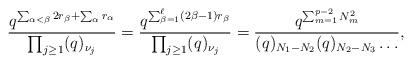
LaTeX: \begin{align*}\frac{q^{\sum_{\alpha<\beta}2r_{\beta}+\sum_{\alpha}r_{\alpha}}} {\prod_{j\geq1}(q)_{\nu_j}}= \frac{q^{\sum_{\beta=1}^{\ell}(2\beta-1)r_{\beta}}} {\prod_{j\geq1}(q)_{\nu_j}}= \frac{q^{\sum_{m=1}^{p-2}N_m^2}}{(q)_{N_1-N_2}(q)_{N_2-N_3}\dots}, \end{align*}